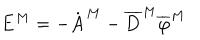
LaTeX: { \bf E } ^ { M } = - \dot { \bf A } ^ { M } - \overline { { { \bf D } } } ^ { M } \overline { { { \varphi } } } ^ { M }